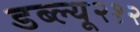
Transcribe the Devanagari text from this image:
डब्ल्यू२१२